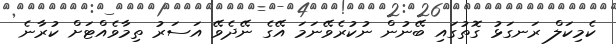
ކެމިކަލް ރަނގަޅު ގޮތުގައި ބޭނުން ނުކުރެވޭނަމަ އޭގެ ނޭދެވޭ އަސަރު ތިމާވެއްޓަށް ކުރާނެ